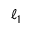
\ell _ { 1 }